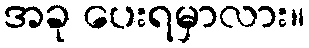
အခု ပေးရမှာလား။